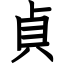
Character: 貞